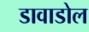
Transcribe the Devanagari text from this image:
डावाडोल